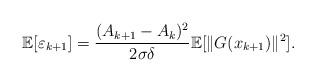
LaTeX: \begin{align*}\mathbb{E}[\varepsilon_{k+1}] = \frac{(A_{k+1}- A_k)^2}{2\sigma\delta}\mathbb{E}[\|G(x_{k+1})\|^2].\end{align*}